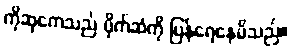
ကိုဆုကေသည် ပိုက်ဆံကို ပြန်ရေနေမိသည်။